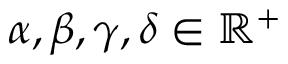
\alpha , \beta , \gamma , \delta \in \mathbb { R } ^ { + }